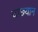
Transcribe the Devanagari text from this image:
दाछ्यान